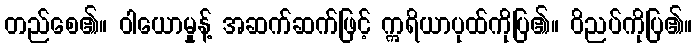
တည်စေ၏။ ဝါယောမှုန့် အဆက်ဆက်ဖြင့် ဣရိယာပုထ်ကိုပြ၏။ ဝိညပ်ကိုပြ၏။